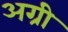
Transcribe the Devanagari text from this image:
अग्री